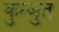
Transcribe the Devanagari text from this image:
कुन्जुत